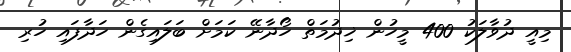
މިއީ ދުވާލަކު 400 މީހުން ޚިދުމަތް ހޯދާނޭ ކަމަށް ބަލައިގެން ހަދާފައި ހުރި